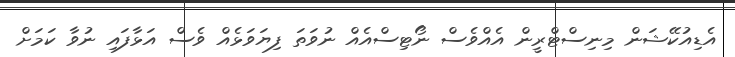
އެޑިއުކޭޝަން މިނިސްޓްރީން އެއްވެސް ނޯޓިސްއެއް ނުވަތަ ފިޔަވަޅެއް ވެސް އަޅާފައި ނުވާ ކަމަށް